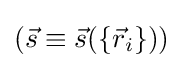
({\vec {s}}\equiv {\vec {s}}(\{{\vec {r}}_{i}\}))